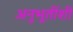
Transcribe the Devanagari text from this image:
अनुभूतींशी